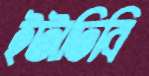
ইটাঢিবি